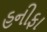
હનીફા